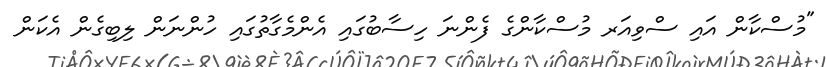
"މުސްކާން އައި ސްވިއަރ މުސްކާންގެ ފެންނަ ހިސާބުގައި އެންމެގާތުގައި ހުންނަން ލިބިގެން އެކަން